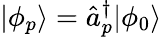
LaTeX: |\phi_{p}\rangle=\hat{a}_{p}^{\dagger}|\phi_{0}\rangle